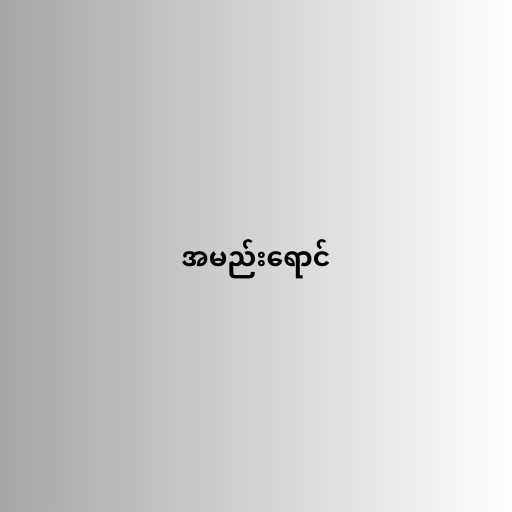
အမည်းရောင်